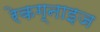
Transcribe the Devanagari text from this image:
रेकग्नाइज